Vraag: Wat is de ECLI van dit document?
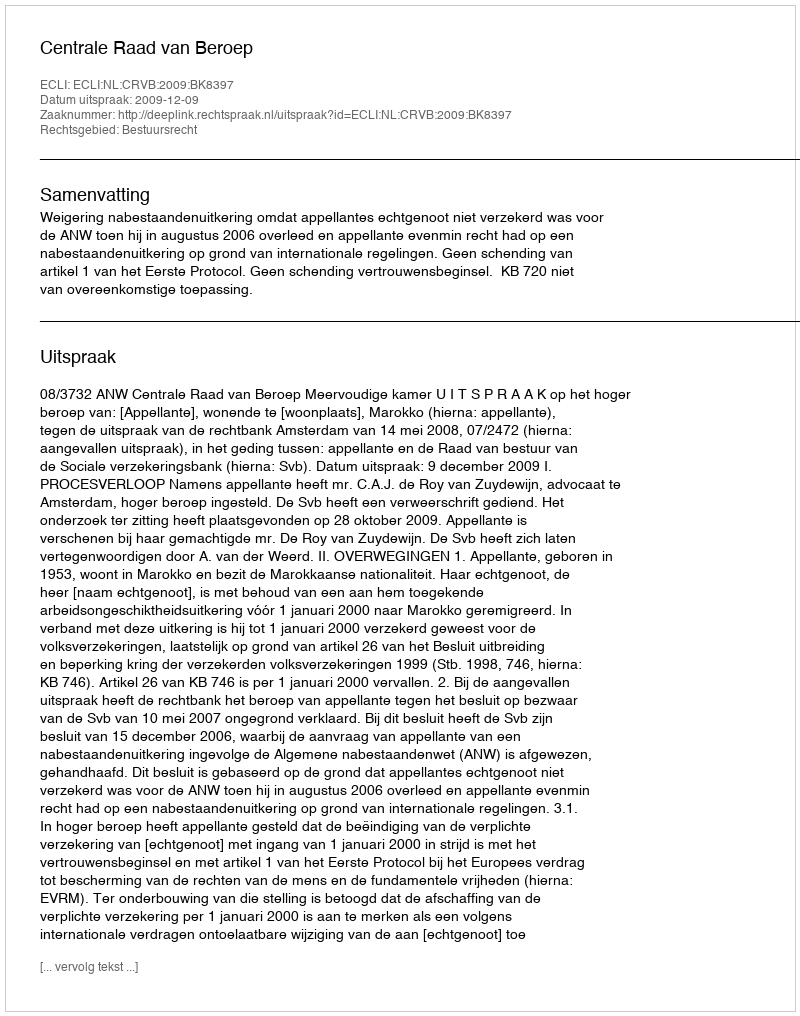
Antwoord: ECLI:NL:CRVB:2009:BK8397